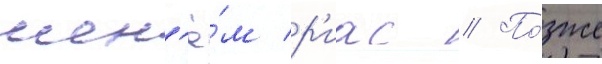
кон'ё́м р'иас // По́зже